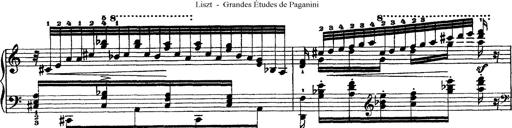
Title: Grandes Ã©tudes de Paganini
Composer: Franz Liszt